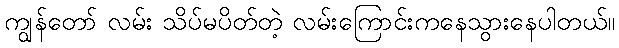
ကျွန်တော် လမ်း သိပ်မပိတ်တဲ့ လမ်းကြောင်းကနေသွားနေပါတယ်။